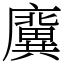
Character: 𢋸